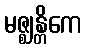
မဇ္ဈန္တိကေ